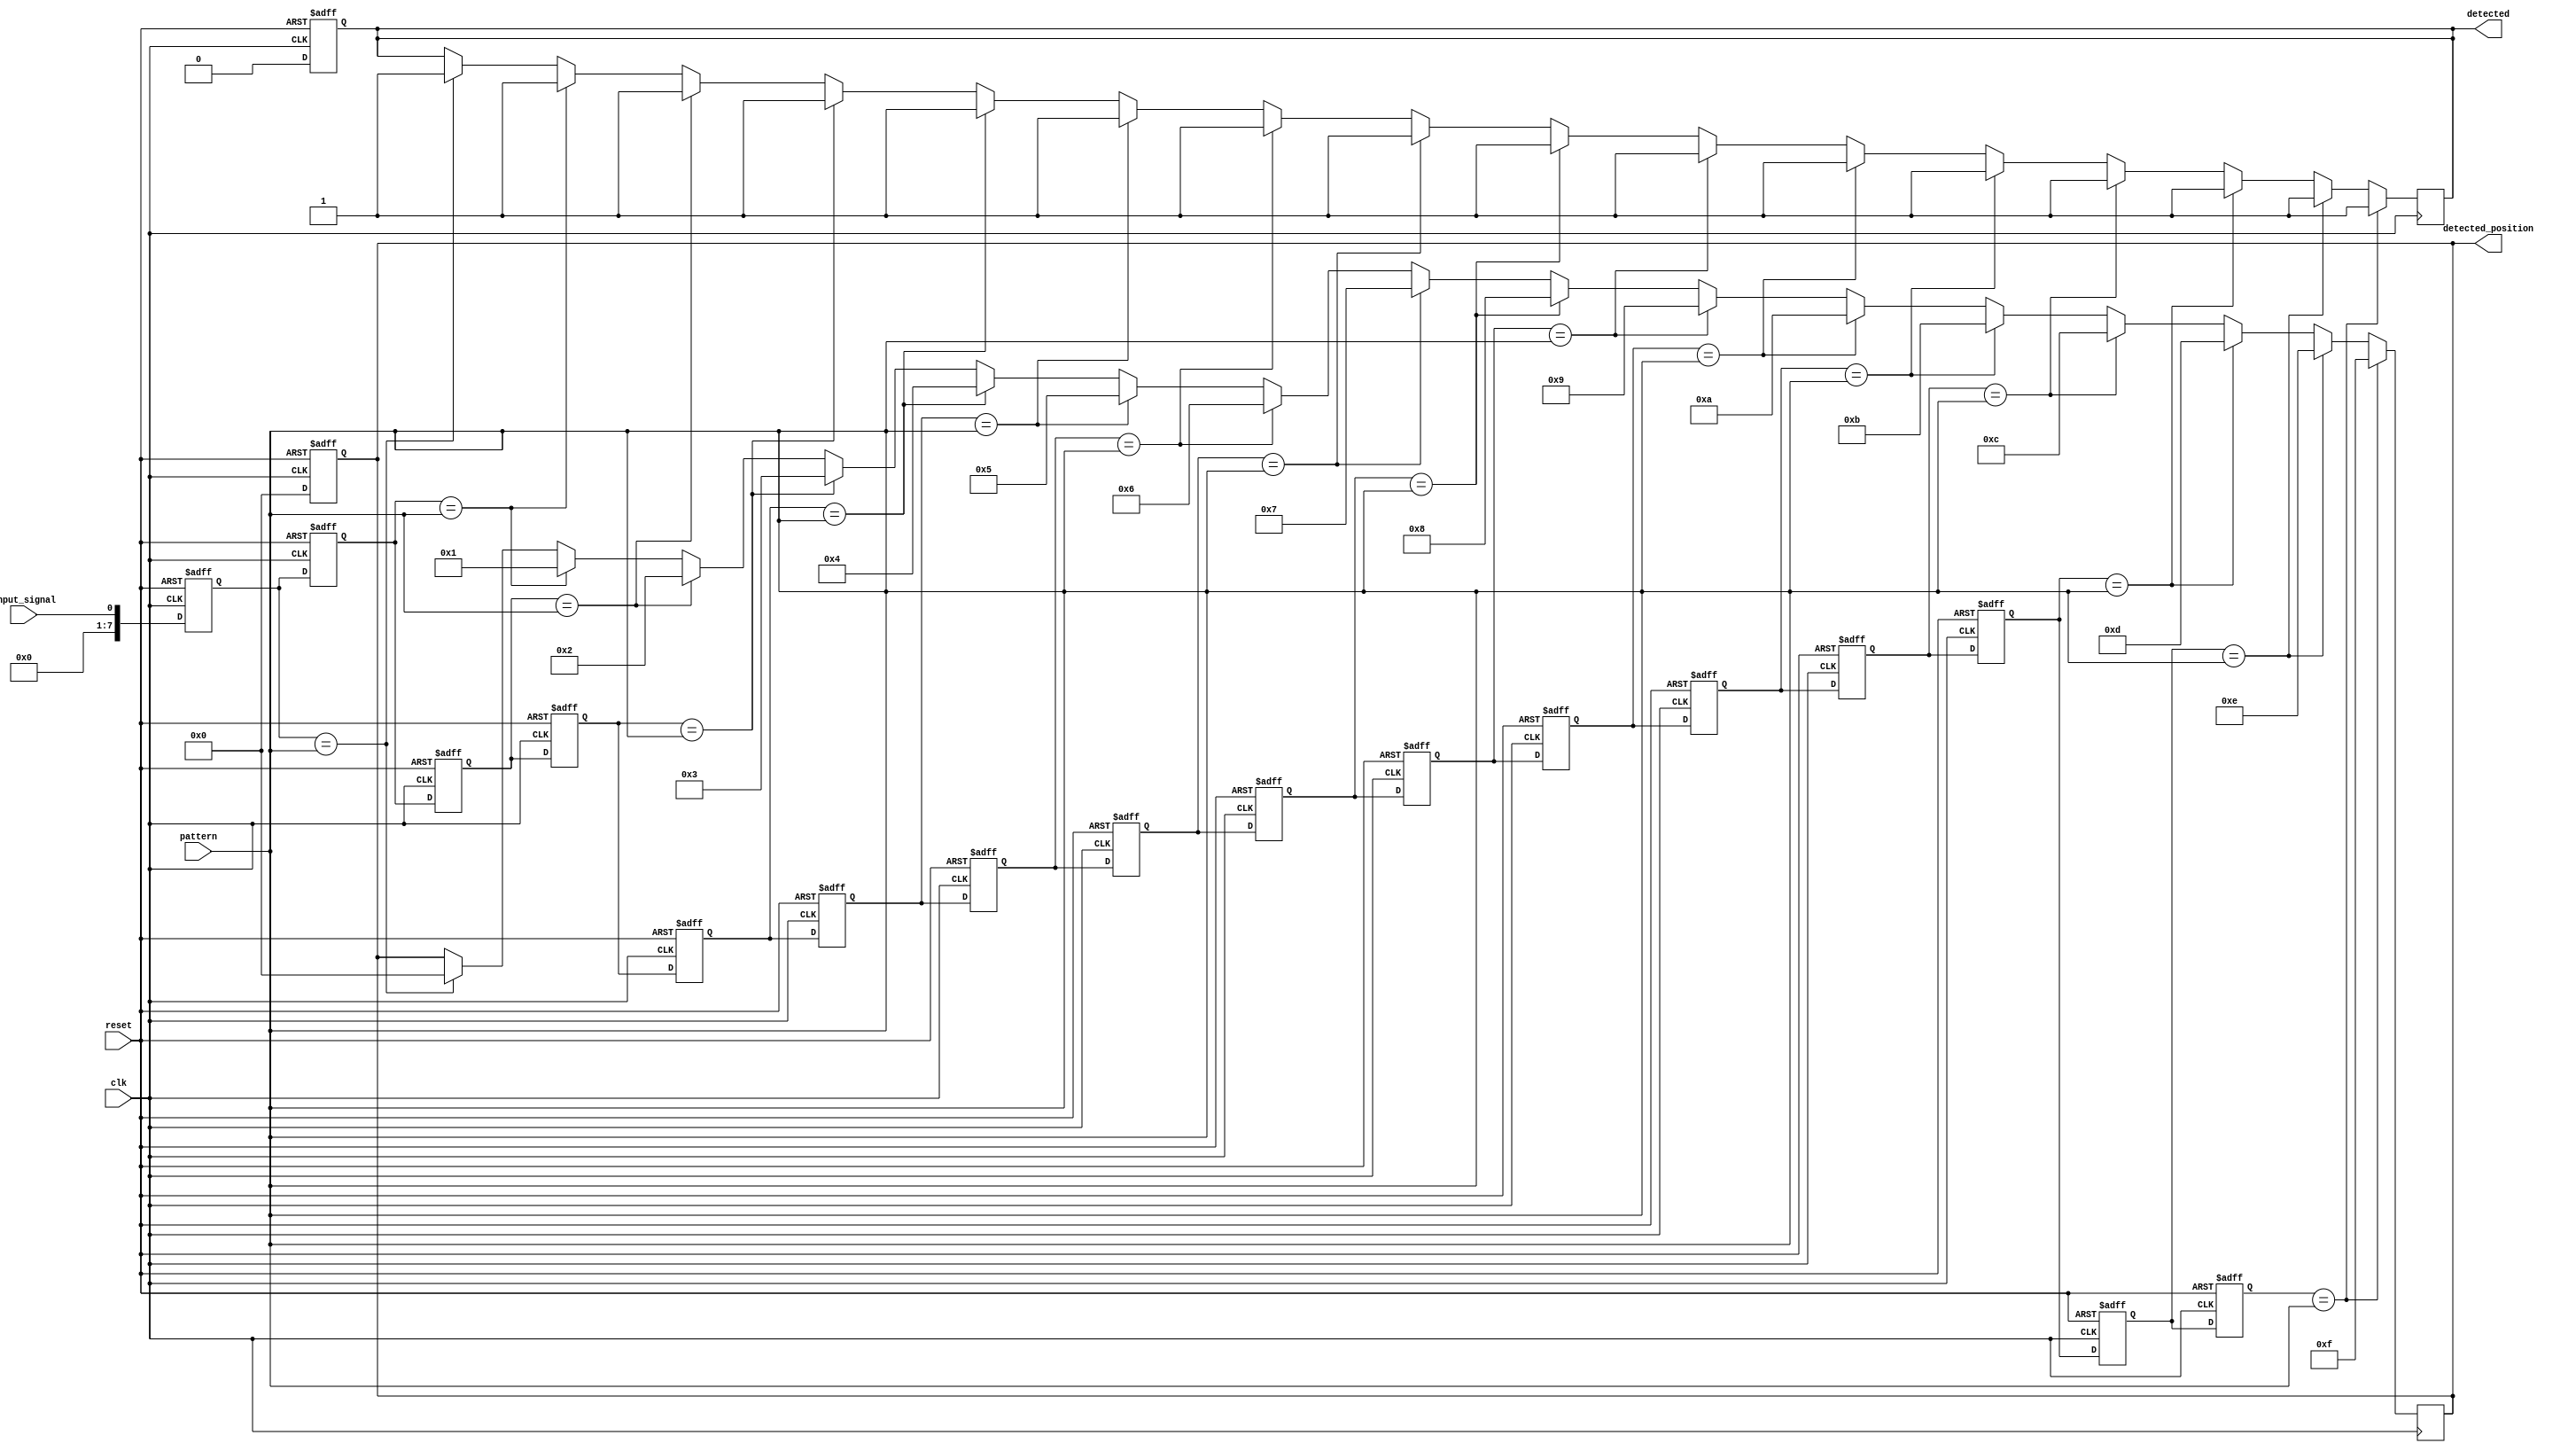
module delay_line_detector #(
    parameter DATA_WIDTH = 8,        // Width of the input signal
    parameter MEM_DEPTH = 16         // Number of memory blocks (depth of delay line)
)(
    input wire clk,                  // Sampling clock
    input wire reset,                // Reset signal
    input wire input_signal,          // Input digital signal
    input wire [DATA_WIDTH-1:0] pattern, // Pattern to detect
    output reg detected,             // Detection output
    output reg [MEM_DEPTH-1:0] detected_position // Position of detected pattern
);

    // Memory blocks (Shift Register)
    reg [DATA_WIDTH-1:0] memory [0:MEM_DEPTH-1]; // Memory blocks
    integer i;

    // Sampling mechanism
    always @(posedge clk or posedge reset) begin
        if (reset) begin
            // Reset memory blocks
            for (i = 0; i < MEM_DEPTH; i = i + 1) begin
                memory[i] <= 0;
            end
            detected <= 0;
            detected_position <= 0;
        end else begin
            // Shift the samples
            for (i = MEM_DEPTH-1; i > 0; i = i - 1) begin
                memory[i] <= memory[i-1];
            end
            memory[0] <= input_signal; // Sample the input signal
            detected <= 0; // Reset detected flag
            detected_position <= 0; // Reset detected position
        end
    end

    // Pattern detection logic
    always @(posedge clk) begin
        for (i = 0; i <= MEM_DEPTH - (DATA_WIDTH / 8); i = i + 1) begin
            if (memory[i] == pattern) begin
                detected <= 1; // Pattern found
                detected_position <= i; // Store the position of the detected pattern
            end
        end
    end

endmodule